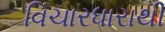
વિચારધારાથી